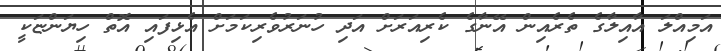
އަމިއްލަ އާއިލާގެ ތެރެއިން އޭނާގެ ކެރިއަރަށް އަދި ހުނަރުވެރިކަމަށް އެޅިފައި އޮތް ހިޔަންޏަކީ